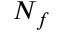
N _ { f }